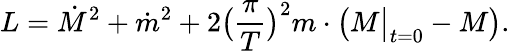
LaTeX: L={\dot{M}}^{2}+{\dot{m}}^{2}+2\bigl(\frac{\pi}{T}\bigr)^{2}m\cdot\bigl(M\big\vert_{t=0}-M\bigr).